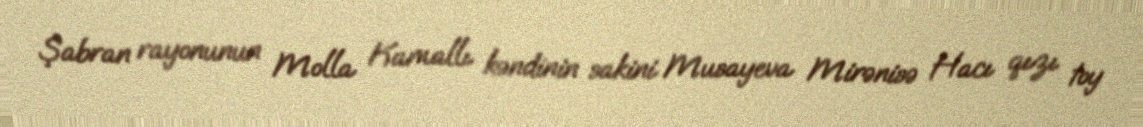
Şabran rayonunun Molla Kamallı kəndinin sakini Musayeva Mirənisə Hacı qızı toy